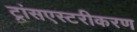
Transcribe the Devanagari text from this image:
ट्रांसएस्टरीकरण